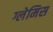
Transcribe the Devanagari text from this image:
ग्लेमिस